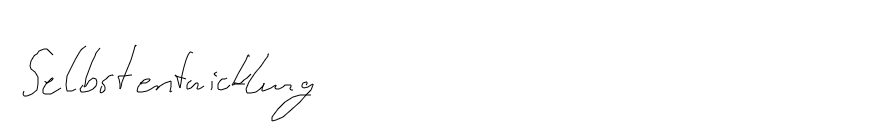
Selbstentwicklung